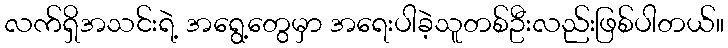
လက်ရှိအသင်းရဲ့ အရွေ့တွေမှာ အရေးပါခဲ့သူတစ်ဦးလည်းဖြစ်ပါတယ်။